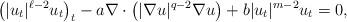
LaTeX: \begin{align*}\bigl(|u_t|^{\ell-2} u_t\bigr)_t -a\nabla\cdot\bigl(|\nabla u|^{q-2} \nabla u\bigr) + b|u_t|^{m-2}u_t =0,\end{align*}